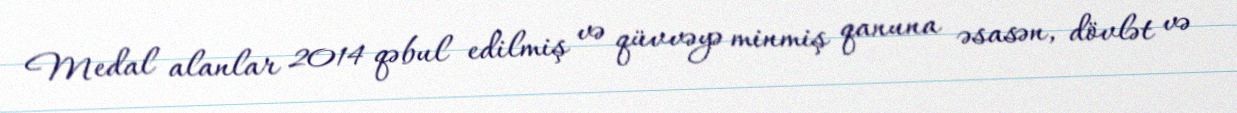
Medal alanlar 2014 qəbul edilmiş və qüvvəyə minmiş qanuna əsasən, dövlət və